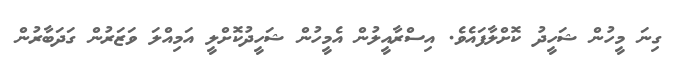
ގިނަ މީހުން ޝަހީދު ކޮށްލާފައެވެ. އިސްރާއީލުން އެމީހުން ޝަހީދުކޮށްލީ އަމިއްލަ ވަޒަރުން ގަދަބާރުން